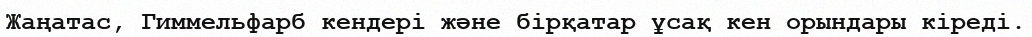
Жаңатас, Гиммельфарб кендері және бірқатар ұсақ кен орындары кіреді.